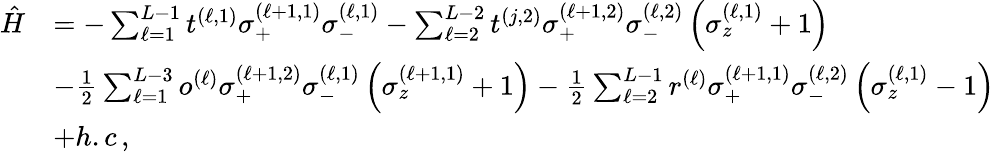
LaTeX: \begin{array}{rl}{\hat{H}}&{=-\sum_{\ell=1}^{L-1}t^{(\ell,1)}\sigma_{+}^{(\ell+1,1)}\sigma_{-}^{(\ell,1)}-\sum_{\ell=2}^{L-2}t^{(j,2)}\sigma_{+}^{(\ell+1,2)}\sigma_{-}^{(\ell,2)}\left(\sigma_{z}^{(\ell,1)}+1\right)}\\ &{-\frac{1}{2}\sum_{\ell=1}^{L-3}o^{(\ell)}\sigma_{+}^{(\ell+1,2)}\sigma_{-}^{(\ell,1)}\left(\sigma_{z}^{(\ell+1,1)}+1\right)-\frac{1}{2}\sum_{\ell=2}^{L-1}r^{(\ell)}\sigma_{+}^{(\ell+1,1)}\sigma_{-}^{(\ell,2)}\left(\sigma_{z}^{(\ell,1)}-1\right)}\\ &{+h.c\, ,}\end{array}